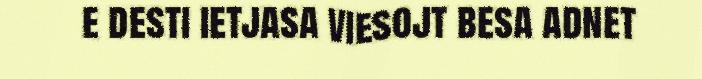
e desti ietjasa viesojt besa adnet